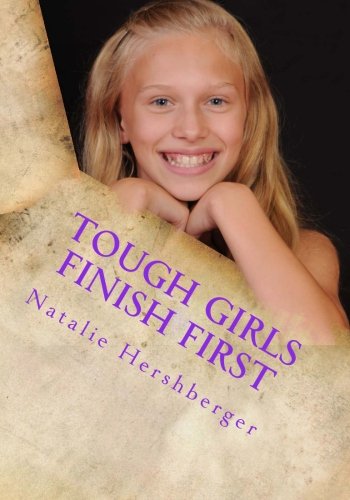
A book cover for Tough Girls Finish First; Natalie N. Hershberger; Children's Books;